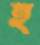
হ